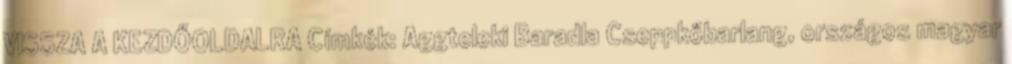
VISSZA A KEZDŐOLDALRA Címkék: Aggteleki Baradla Cseppkőbarlang, országos magyar